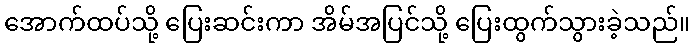
အောက်ထပ်သို့ ပြေးဆင်းကာ အိမ်အပြင်သို့ ပြေးထွက်သွားခဲ့သည်။